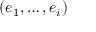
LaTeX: ( e _ { 1 } , \dots , e _ { i } )